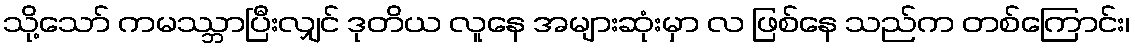
သို့သော် ကမဿ္ဘာပြီးလျှင် ဒုတိယ လူနေ အများဆုံးမှာ လ ဖြစ်နေ သည်က တစ်ကြောင်း၊